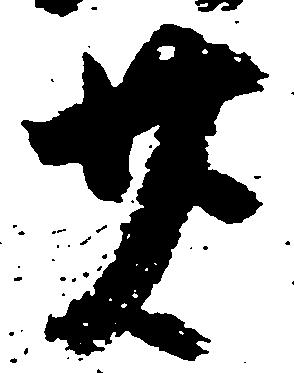
廿